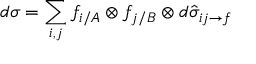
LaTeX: d \sigma = \sum _ { i , j } f _ { i / A } \otimes f _ { j / B } \otimes d \hat { \sigma } _ { i j \to f }